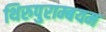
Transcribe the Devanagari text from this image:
थिरुपुराम्बयम